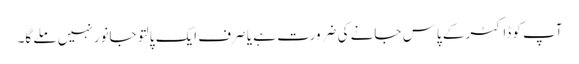
آپ کو ڈاکٹر کے پاس جانے کی ضرورت ہے یا صرف ایک پالتو جانور نہیں ملے گا۔